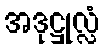
အဒုဋ္ဌုလ္လံ